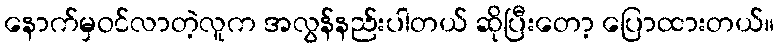
နောက်မှဝင်လာတဲ့လူက အလွန်နည်းပါတယ် ဆိုပြီးတော့ ပြောထားတယ်။